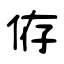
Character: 侟